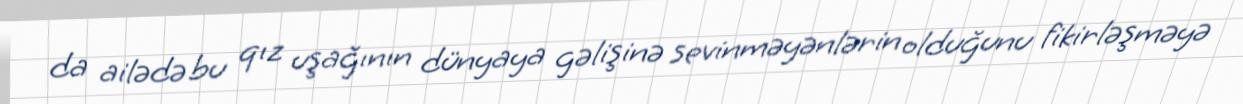
da ailədə bu qız uşağının dünyaya gəlişinə sevinməyənlərin olduğunu fikirləşməyə